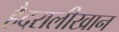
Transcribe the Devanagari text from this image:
हैदरालीखान